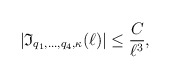
\begin{align*}|\mathfrak{I}_{q_1,\ldots, q_4, \kappa}(\ell)|\leq \frac{C}{\ell^ {3}},\end{align*}